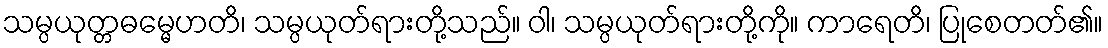
သမ္ပယုတ္တဓမ္မေဟတိ၊ သမ္ပယုတ်ရားတို့သည်။ ဝါ၊ သမ္ပယုတ်ရားတို့ကို။ ကာရေတိ၊ ပြုစေတတ်၏။